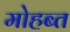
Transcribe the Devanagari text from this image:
मोहब्त